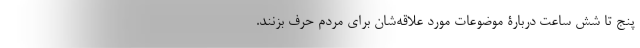
پنج تا شش ساعت دربارۀ موضوعات مورد علاقه‌شان برای مردم حرف بزنند.